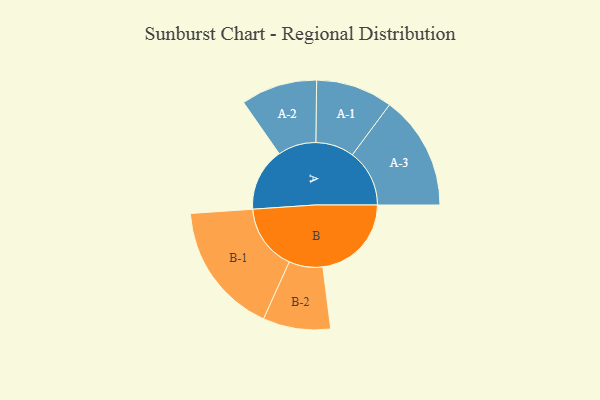
{"axis": {"x": "Segment", "y": "Value"}, "legend": ["", "A", "B"], "data": [{"x": "A", "y": 273, "type": ""}, {"x": "B", "y": 383, "type": ""}, {"x": "A-1", "y": 166, "type": "A"}, {"x": "A-2", "y": 165, "type": "A"}, {"x": "A-3", "y": 247, "type": "A"}, {"x": "B-1", "y": 286, "type": "B"}, {"x": "B-2", "y": 146, "type": "B"}]}